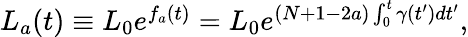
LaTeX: \begin{array}{r}{L_{a}(t)\equiv L_{0}e^{f_{a}(t)}=L_{0}e^{(N+1-2a)\int_{0}^{t}\gamma(t^{\prime})dt^{\prime}},}\end{array}